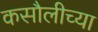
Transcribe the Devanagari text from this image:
कसौलीच्या